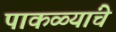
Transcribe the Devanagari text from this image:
पाकळ्यांचे